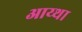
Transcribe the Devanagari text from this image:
आय्था